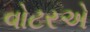
વોટરએ